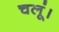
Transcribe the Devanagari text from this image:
चलूं।